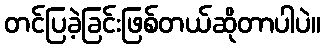
တင်ပြခဲ့ခြင်းဖြစ်တယ်ဆိုတာပါပဲ။